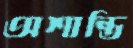
অশান্তি